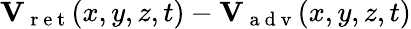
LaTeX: \begin{array}{r}{{\mathbf V}_{\mathrm{~r~e~t~}}(x,y,z,t)-{\mathbf V}_{\mathrm{~a~d~v~}}(x,y,z,t)}\end{array}